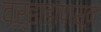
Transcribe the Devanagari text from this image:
वऱ्हाडापासून